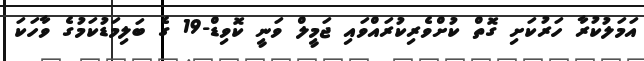
އަމަލުކުރާ ހަރުކަށި ގޮތް ކުށްވެރިކުރައްވައި ޖަމީލް ވަނީ ކޮވިޑް-19 ގެ ބަލިމަޑުކަމުގެ ވާހަކަ